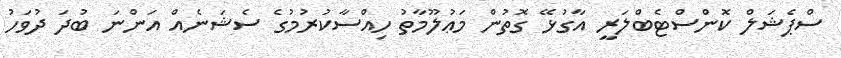
ސްޕެޝަލް ކޮންސްޓެބްލަރީ އާގުޅޭ ގޮތުން މަޢުލޫމާތު ހިއްސާކުރުމުގެ ސެޝަނެއް އަންނަ ބުދަ ދުވަހު